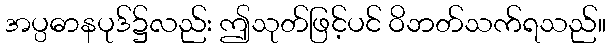
အပ္ပဓာနပုဒ်၌လည်း ဤသုတ်ဖြင့်ပင် ဝိဘတ်သက်ရသည်။